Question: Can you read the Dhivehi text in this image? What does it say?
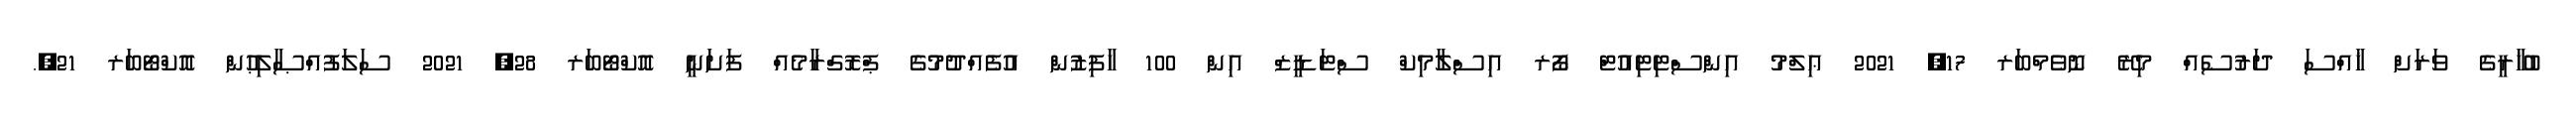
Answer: ބުޚާރީގެ ވަރަށް ޚާއްސަ ދަރުސެއް މިރޭ ނޮވެމްބަރ 17, 2021 ޢިލްމު އިންސްޓިޓިއުޓް ފޯރ އިސްލާމިކް ސްޓަޑީޒް އިން 100 ހާފިޒުން އުފެއްދުމުގެ ޕްރޮގްރާމެއް ފަށަނީ އޮކްޓޯބަރ 28, 2021 ސަލަފުއްޞާލިޙުން އޮކްޓޯބަރ 21,.